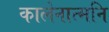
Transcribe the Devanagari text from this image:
कालेनात्मनि